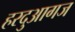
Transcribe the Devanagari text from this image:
हरदुआगज